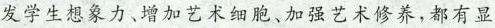
发学生想象力、增加艺术细胞、加强艺术修养,都有显